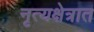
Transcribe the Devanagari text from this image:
नृत्यक्षेत्रात